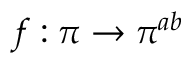
f : \pi \to \pi ^ { a b }